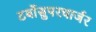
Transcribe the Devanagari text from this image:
टर्बोसुपरचार्जर